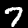
Digit: 7